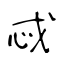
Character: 忒